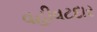
વહીવટદાર